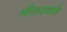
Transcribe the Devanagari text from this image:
भीतरवले